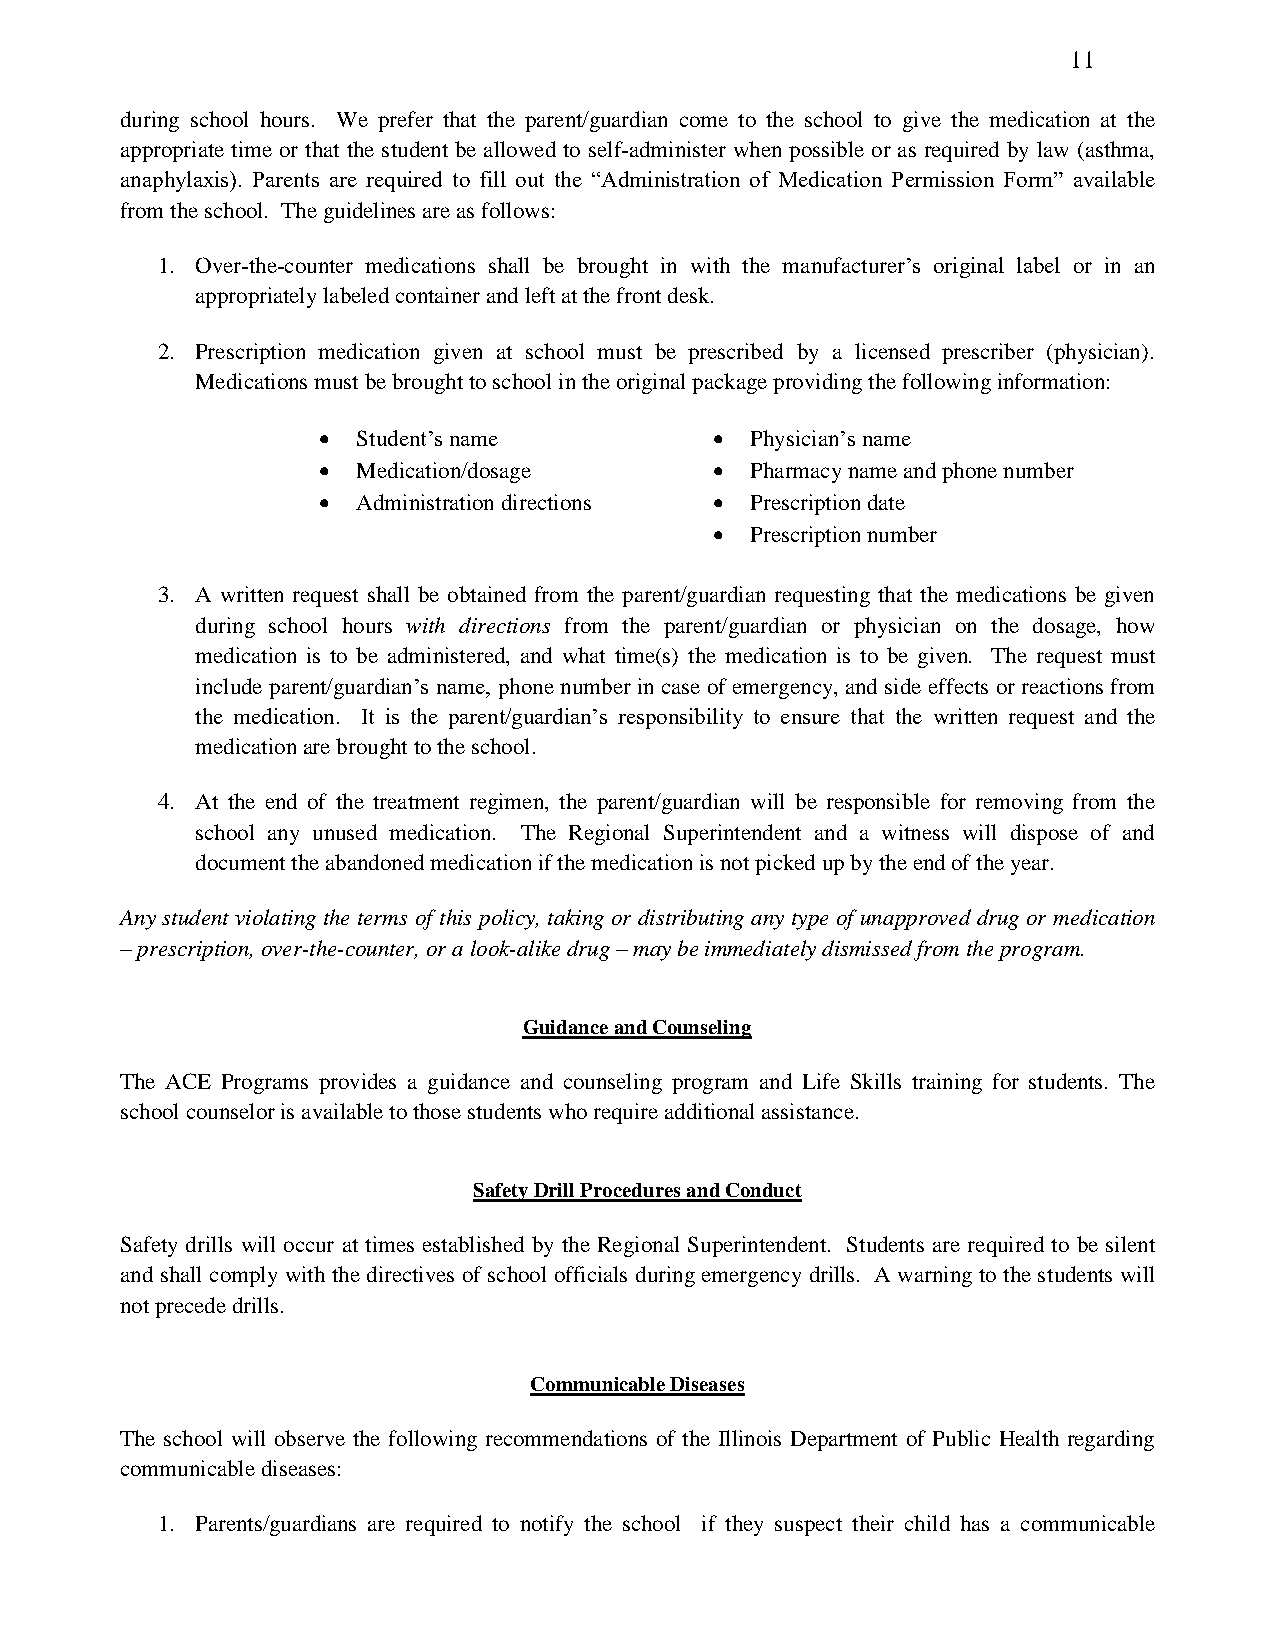
11
 during school hours. We prefer that the parent/guardian come to the school to give the medication at the
 appropriate time or that the student be allowed to self-administer when possible or as required by law (asthma,
 anaphylaxis). Parents are required to fill out the “Administration of Medication Permission Form” available
 from the school. The guidelines are as follows:
 1. Over-the-counter medications shall be brought in with the manufacturer’s original label or in an
 appropriately labeled container and left at the front desk.
 2. Prescription medication given at school must be prescribed by a licensed prescriber (physician).
 Medications must be brought to school in the original package providing the following information:
 •  Student’s name         •  Physician’s name
 •  Medication/dosage      •  Pharmacy name and phone number
 •  Administration directions • Prescription date
 •  Prescription number
 3. A written request shall be obtained from the parent/guardian requesting that the medications be given
 during school hours with directions from the parent/guardian or physician on the dosage, how
 medication is to be administered, and what time(s) the medication is to be given. The request must
 include parent/guardian’s name, phone number in case of emergency, and side effects or reactions from
 the medication. It is the parent/guardian’s responsibility to ensure that the written request and the
 medication are brought to the school.
 4. At the end of the treatment regimen, the parent/guardian will be responsible for removing from the
 school any unused medication. The Regional Superintendent and a witness will dispose of and
 document the abandoned medication if the medication is not picked up by the end of the year.
 Any student violating the terms of this policy, taking or distributing any type of unapproved drug or medication
 – prescription, over-the-counter, or a look-alike drug – may be immediately dismissed from the program.
 Guidance and Counseling
 The ACE Programs provides a guidance and counseling program and Life Skills training for students. The
 school counselor is available to those students who require additional assistance.
 Safety Drill Procedures and Conduct
 Safety drills will occur at times established by the Regional Superintendent. Students are required to be silent
 and shall comply with the directives of school officials during emergency drills. A warning to the students will
 not precede drills.
 Communicable Diseases
 The school will observe the following recommendations of the Illinois Department of Public Health regarding
 communicable diseases:
 1. Parents/guardians are required to notify the school if they suspect their child has a communicable